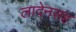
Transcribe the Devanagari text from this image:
लादेनसह